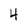
Character: 4